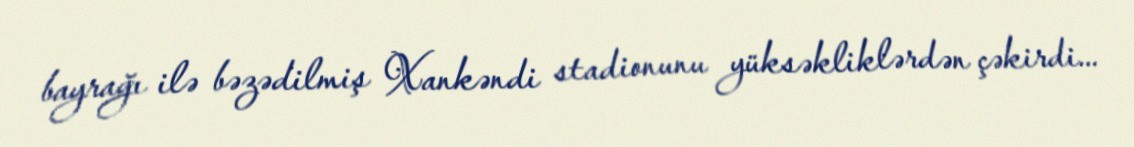
bayrağı ilə bəzədilmiş Xankəndi stadionunu yüksəkliklərdən çəkirdi...